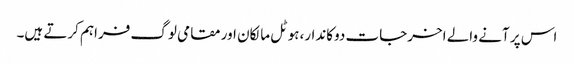
اس پر آنے والے اخرجات دوکاندار،ہوٹل مالکان اور مقامی لوگ فراہم کرتے ہیں۔